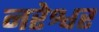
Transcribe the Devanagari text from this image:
नरेश्वर